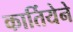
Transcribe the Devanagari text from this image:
कार्तियेने